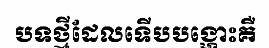
បទថ្មីដែលទើបបង្ហោះគឺ